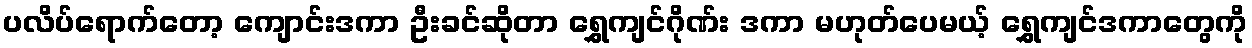
ပလိပ်ရောက်တော့ ကျောင်းဒကာ ဦးခင်ဆိုတာ ရွှေကျင်ဂိုဏ်း ဒကာ မဟုတ်ပေမယ့် ရွှေကျင်ဒကာတွေကို